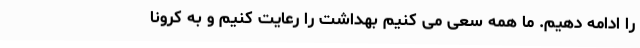
را ادامه دهیم. ما همه سعی می کنیم بهداشت را رعایت کنیم و به کرونا